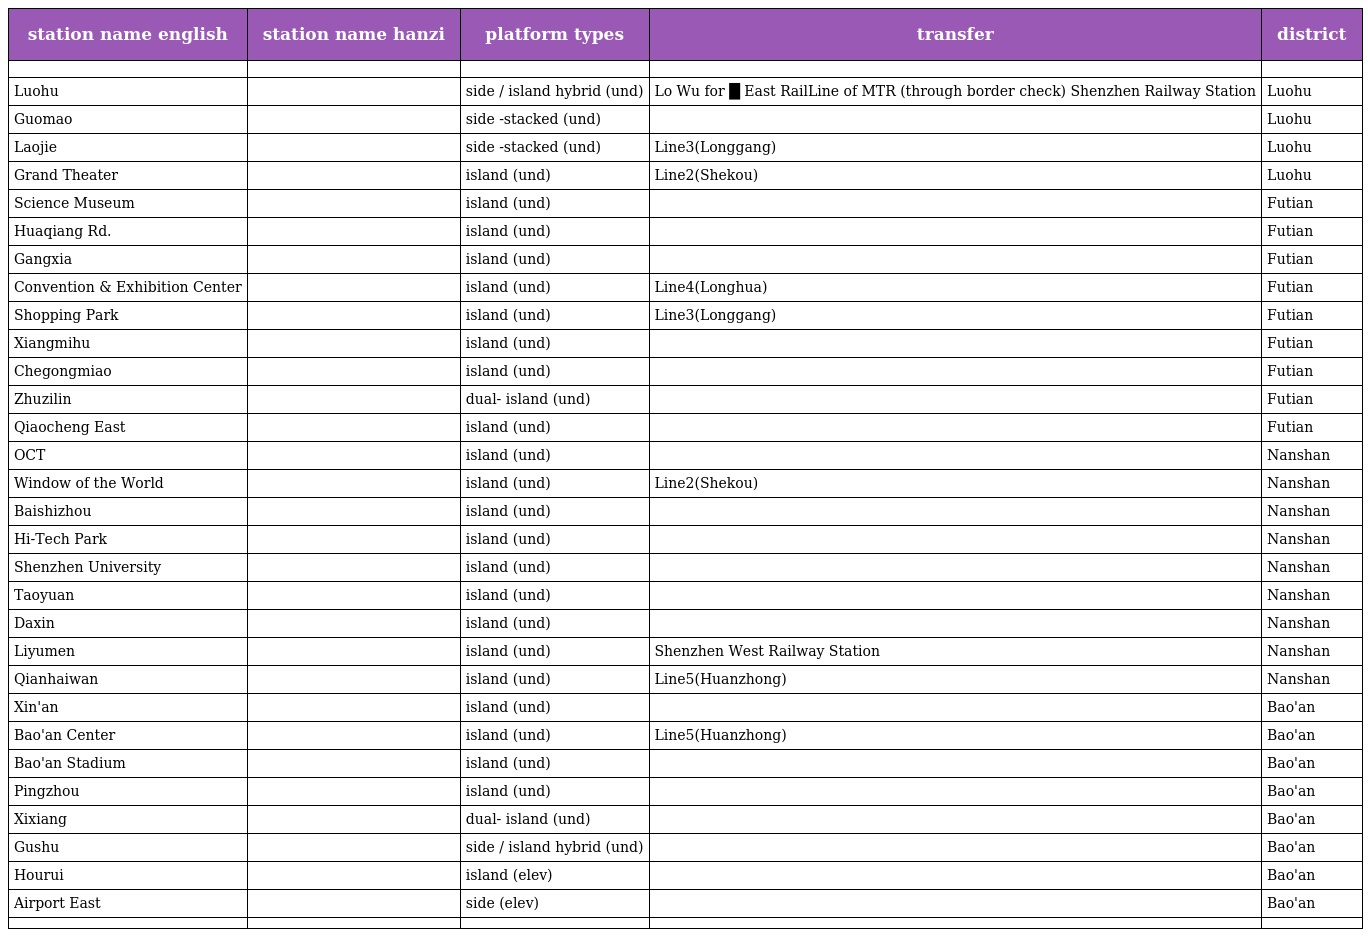
| station name english | station name hanzi | platform types | transfer | district |
 | --- | --- | --- | --- | --- |
 |  |  |  |  |  |
 | Luohu | 罗湖 | side / island hybrid (und) | Lo Wu for █ East RailLine of MTR (through border check) Shenzhen Railway Station | Luohu |
 | Guomao | 国贸 | side -stacked (und) |  | Luohu |
 | Laojie | 老街 | side -stacked (und) | Line3(Longgang) | Luohu |
 | Grand Theater | 大剧院 | island (und) | Line2(Shekou) | Luohu |
 | Science Museum | 科学馆 | island (und) |  | Futian |
 | Huaqiang Rd. | 华强路 | island (und) |  | Futian |
 | Gangxia | 岗厦 | island (und) |  | Futian |
 | Convention & Exhibition Center | 会展中心 | island (und) | Line4(Longhua) | Futian |
 | Shopping Park | 购物公园 | island (und) | Line3(Longgang) | Futian |
 | Xiangmihu | 香蜜湖 | island (und) |  | Futian |
 | Chegongmiao | 车公庙 | island (und) |  | Futian |
 | Zhuzilin | 竹子林 | dual- island (und) |  | Futian |
 | Qiaocheng East | 侨城东 | island (und) |  | Futian |
 | OCT | 华侨城 | island (und) |  | Nanshan |
 | Window of the World | 世界之窗 | island (und) | Line2(Shekou) | Nanshan |
 | Baishizhou | 白石洲 | island (und) |  | Nanshan |
 | Hi-Tech Park | 高新园 | island (und) |  | Nanshan |
 | Shenzhen University | 深大 | island (und) |  | Nanshan |
 | Taoyuan | 桃园 | island (und) |  | Nanshan |
 | Daxin | 大新 | island (und) |  | Nanshan |
 | Liyumen | 鲤鱼门 | island (und) | Shenzhen West Railway Station | Nanshan |
 | Qianhaiwan | 前海湾 | island (und) | Line5(Huanzhong) | Nanshan |
 | Xin'an | 新安 | island (und) |  | Bao'an |
 | Bao'an Center | 宝安中心 | island (und) | Line5(Huanzhong) | Bao'an |
 | Bao'an Stadium | 宝体 | island (und) |  | Bao'an |
 | Pingzhou | 坪洲 | island (und) |  | Bao'an |
 | Xixiang | 西乡 | dual- island (und) |  | Bao'an |
 | Gushu | 固戍 | side / island hybrid (und) |  | Bao'an |
 | Hourui | 后瑞 | island (elev) |  | Bao'an |
 | Airport East | 机场东 | side (elev) |  | Bao'an |
 |  |  |  |  |  |